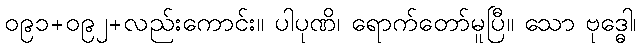
၀၉၁+၀၉၂+လည်းကောင်း။ ပါပုဏိ၊ ရောက်တော်မူပြီ။ သော ဗုဒ္ဓေါ၊